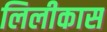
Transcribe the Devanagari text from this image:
लिलीकास